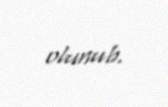
olunub.